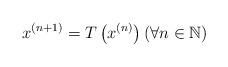
LaTeX: \begin{align*} x^{(n+1)} = T\left(x^{(n)}\right) (\forall n \in \mathbb{N}) \end{align*}